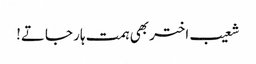
شعیب اختر بھی ہمت ہار جاتے!